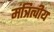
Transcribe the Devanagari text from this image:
मंत्रित्वीय